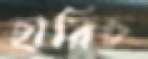
হারিচ